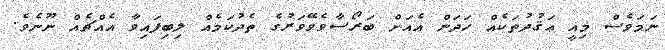
ނަމަވެސް މިއީ ޢަޤުދުތަކެއް ހަދަން އެއަށް ބަރޯސާވެވޭވަރުގެ ތެދުކަމެއް ލިބިފައިވާ އެއްޗެއް ނޫނެވެ.